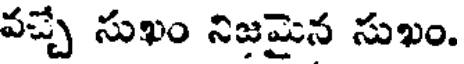
వచ్చే సుఖం నిజమైన సుఖం.